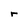
Character: r